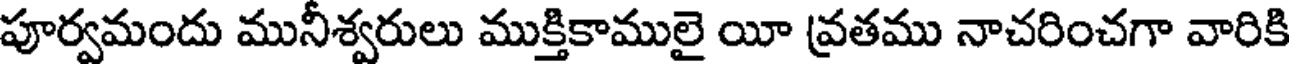
పూర్వమందు మునీశ్వరులు ముక్తికాములై యీ వ్రతము నాచరించగా వారికి